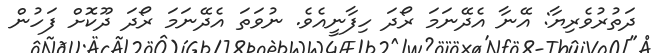
ދަތުރުވެރިޔާ: އޭނާ އެދޭނަމަ ރޯދަ ހިފާނީއެވެ. ނުވަތަ އެދޭނަމަ ރޯދަ ދޫކޮށް ފަހުން